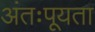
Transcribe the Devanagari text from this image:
अंतःपूयता